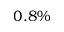
0 . 8 \%